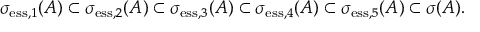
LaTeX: \sigma _ { \mathrm { e s s } , 1 } ( A ) \subset \sigma _ { \mathrm { e s s } , 2 } ( A ) \subset \sigma _ { \mathrm { e s s } , 3 } ( A ) \subset \sigma _ { \mathrm { e s s } , 4 } ( A ) \subset \sigma _ { \mathrm { e s s } , 5 } ( A ) \subset \sigma ( A ) .